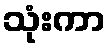
သုံးကာ